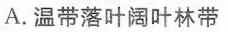
A.温带落叶阔叶林带